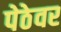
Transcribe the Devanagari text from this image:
पेठेवर